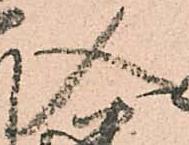
入